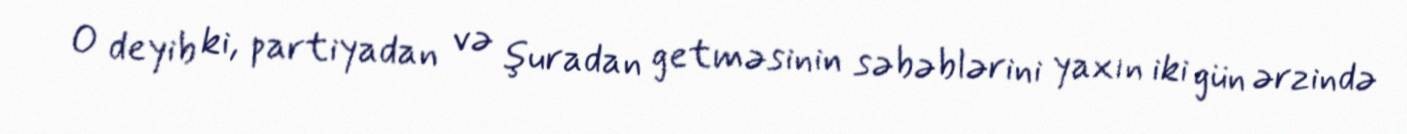
O deyib ki, partiyadan və şuradan getməsinin səbəblərini yaxın iki gün ərzində